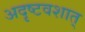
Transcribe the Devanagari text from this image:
अदृष्टवशात्‌